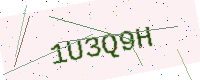
Text: 1U3Q9H